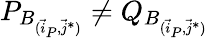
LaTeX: P_{B_{(\vec{i}_{P},\vec{j}^{*})}}\neq Q_{B_{(\vec{i}_{P},\vec{j}^{*})}}